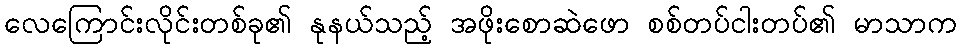
လေကြောင်းလိုင်းတစ်ခု၏ နုနယ်သည့် အဖိုးစောဆဲဖော စစ်တပ်ငါးတပ်၏ မာသာက